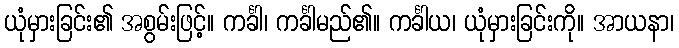
ယုံမှားခြင်း၏ အစွမ်းဖြင့်။ ကင်္ခါ၊ ကင်္ခါမည်၏။ ကင်္ခါယ၊ ယုံမှားခြင်းကို။ အာယနာ၊